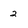
Character: 2